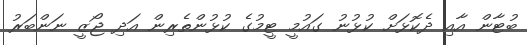
ބުޓާން އާއި ދެކޮޅަށް ކުޅުނު ގައުމީ ޓީމުގެ ކުޅުންތެރިން އަދި ޖޯޒީ ނަންބަރު